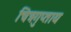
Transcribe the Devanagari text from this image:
चित्रगुप्ताय